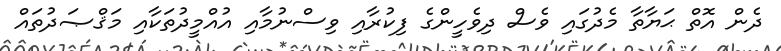
ދެން އޮތް ޙަޔާތާ މެދުގައި ވެސް ދިވެހީންގެ ފިކުރާއި ވިސްނުމާއި އުއްމީދުތަކާއި މަޤްޞަދުތައް